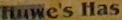
Huwe's Has